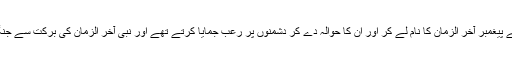
تینوں یہودی قبائل تھے جو اس سے پہلے پیغمبر آخر الزمان کا نام لے کر اور ان کا حوالہ دے کر دشمنوں پر رعب جمایا کرتے تھے اور نبی آخر الزمانؐ کی برکت سے جنگوں میں فتح کی دعائیں کیا کرتے تھے۔